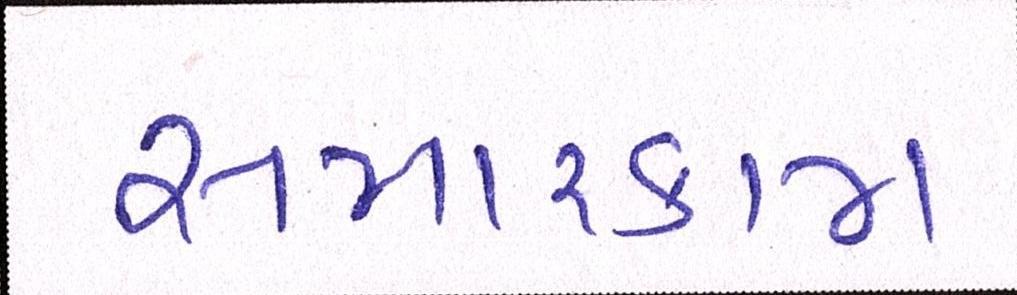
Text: સમારકામ